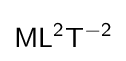
{\mathsf {ML^{2}T^{-2}}}